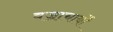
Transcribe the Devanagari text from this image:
वज्राचार्यों